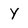
Character: Y